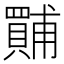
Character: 𱰣